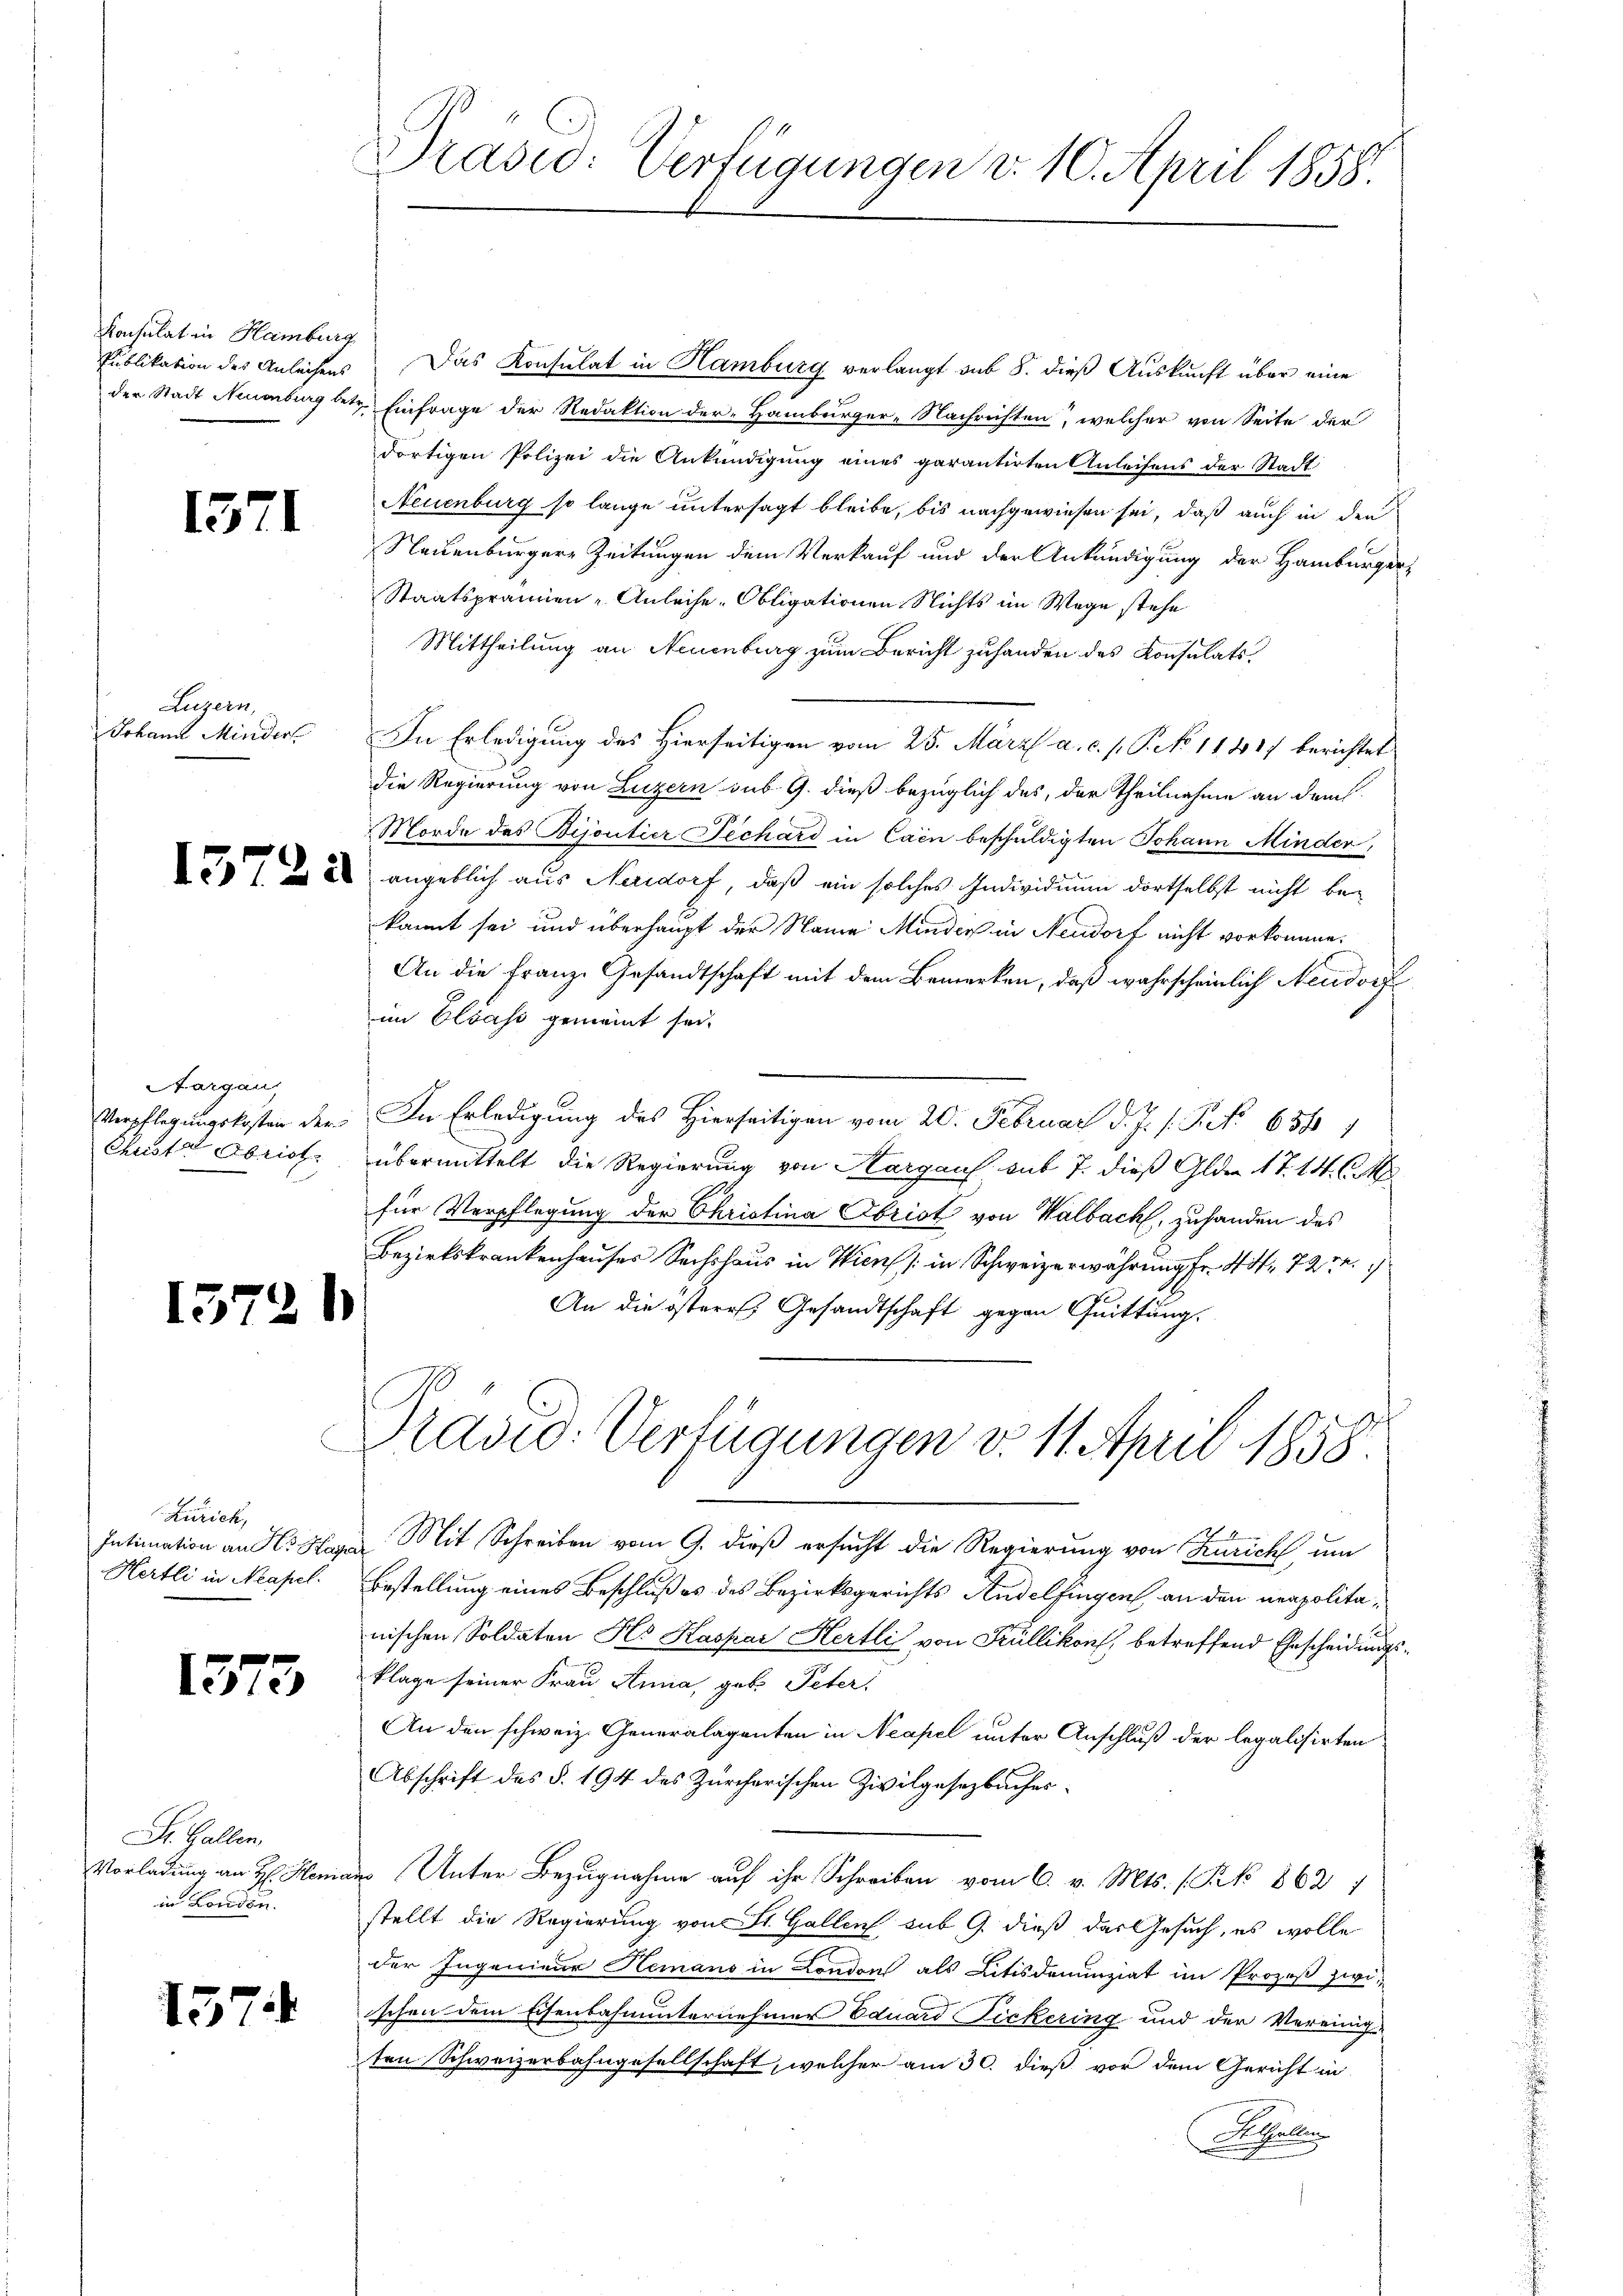
Konsulat in Hamburg

1571

Luzern,
Johann Mindert

Aargau
Christer Abrich

15726

Zürich,
Hertli in Neapel.

1373

St. Gallen
Vorladung an H: Hera
in London.

757

.

Präsid. Verfügungen d. 10. April 1858.

Publikation des Anleihens. Das Konsulat in Hamburg verlangt sub 8. dieß Auskunft über eine
der Stadt Neuenburg betr. Einfrage der Redaktion der Hamburger-Nachrichten, welcher von Seite der
dortigen Polizei die Ankündigung eines garantirten Anleihens der Stadt
Neuenburg so lange untersagt bleibe, bis nachgewiesen sei, daß auch in den
Neuenburgere Zeitungen dem Verkauf und der Ankundigung der Hamburge
Staatsprämien-Anleihe. Obligationen Nichts im Wege stehe
Mittheilung an Neuenburg zum Bericht zuhanden des Konsulats.
In Erledigung des Hierseitigen vom 25. März a. c. s. P. No 11417 berichtet
die Regierung von Luzern sub. G. dieß bezüglich das, der theilnahme an deich
Morde des Bijoutier Dechard in Caen beschuldigten Johann Minder,
 2 angeblich aus Nedorf, daß ein solches Individium dortselbst nicht bekannt sei und überhaupt der Name Minder in Neudorf nicht vorkomme.
An die Franze Gesandtschaft mit dem Bemerken, daß wahrscheinlich Neudorf
im Elsass gemeint sei.
Verpflegungskosten der In Erledigung des Hierseitigen vom 20. Februar d. J. s. Art. 656
übermittelt die Regierung von Hargaus sub 7. dieß Glde 17. 14. C
für Verpflegung der Christina Obrist von Walbach, zuhanden des
Bezirkskrankenhauses Sechshaus in Wien (in Schweizerwährung Fr. 44. 722.
An die österr. Gesandtschaft gegen Quittung.
Dravić-Verfügungen v. 11. April 1858.
Intimation an ds Hagen Mit Schreiben vom 9. dieß ersucht die Regierung von Zürich, um
Bestellung eines Beschluß es des Bezirksgerichts Andelfingen an den neapolitanischen Soldaten Hs. Haskar Hertli von Küllikon, betreffend Ehescheidung
klage seiner Frau Anna, geb. Peter
An den schweiz. Generalaganten in Neapel unter Anschluß der legalisirten
Abschrift des §. 194 des Zürcherischen Zivilgesetzbuches
den Unter Bezugnahme auf ihr Schreiben vom 6. v. Mts. (Frk. 862. 1
stellt die Regierung von St. Gallen sub 9. dieß das Gesuch, es wolle
der Ingenieur Hemano in London als Litisdenunziat im Prozeß zwischen dem Eisenbahnunternehmer Eduard Fickering und der Vereinig-
ten Schweizerbahngesellschaft, welcher am 30. dieß vor dem Gericht in
Ahle